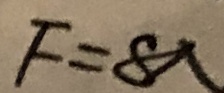
F = 8